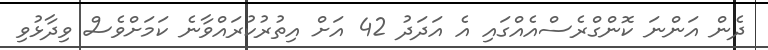
ދެން އަންނަ ކޮންގްރެސްއެއްގައި އެ އަދަދު 42 އަށް އިތުރުކުރައްވާނެ ކަމަށްވެސް ވިދާޅުވި